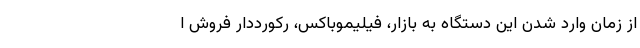
از زمان وارد شدن این دستگاه به بازار، فیلیموباکس، رکورددار فروش ا